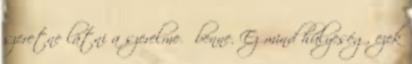
szeretne látni a szerelme őbenne. Ez mind hülyeség, ezek